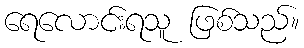
ရေလောင်းရသူ ဖြစ်သည်။